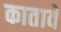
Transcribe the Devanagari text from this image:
कातावे